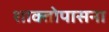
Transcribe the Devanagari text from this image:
शाक्तोपासना